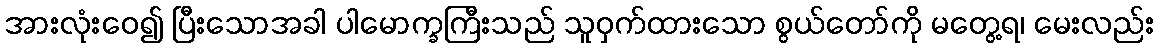
အားလုံးဝေ၍ ပြီးသောအခါ ပါမောက္ခကြီးသည် သူဝှက်ထားသော စွယ်တော်ကို မတွေ့ရ၊ မေးလည်း